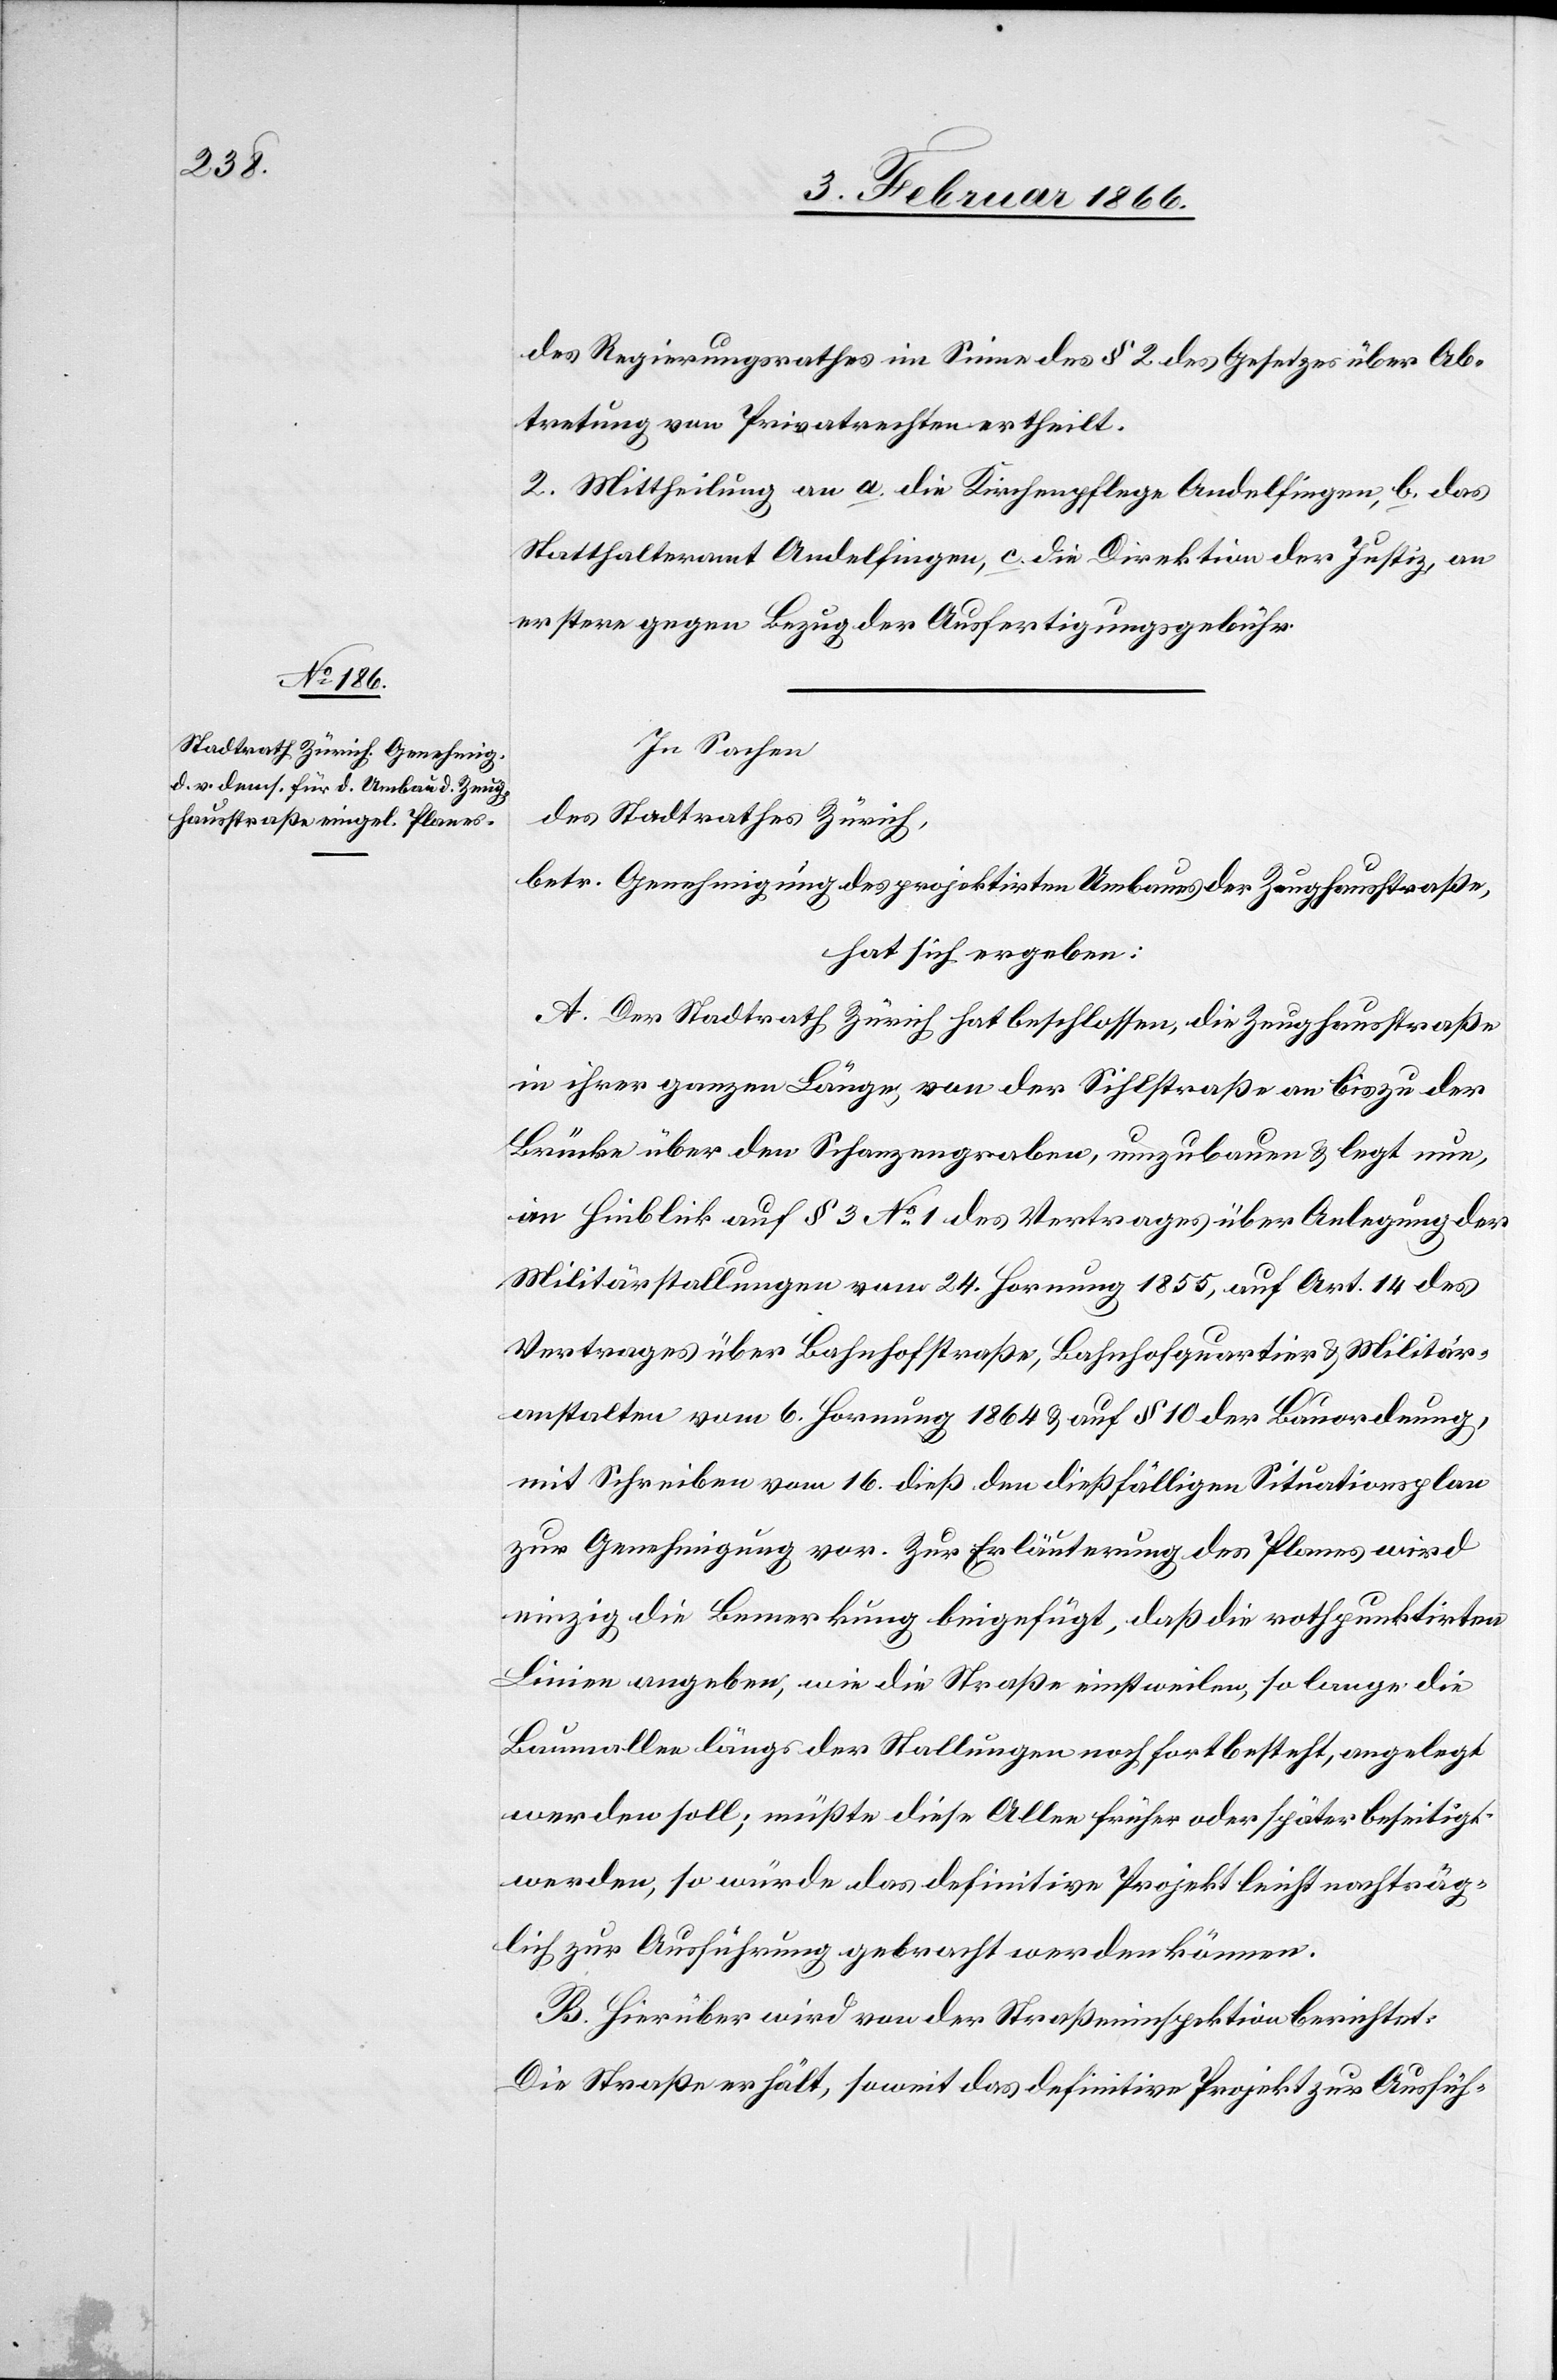
des Regierungsrathes im Sinne des § 2 des Gesetzes über Ab¬
tretung von Privatrechten ertheilt.
2. Mittheilung an a. die Kirchenpflege Andelfingen, b. das
Statthalteramt Andelfingen, c. die Direktion der Justiz, an
erstere gegen Bezug der Ausfertigungsgebühr.
In Sachen
des Stadtrathes Zürich,
betr. Genehmigung des projektirten Umbaues der Zeughausstraße,
hat sich ergeben:
A. Der Stadtrath Zürich hat beschlossen, die Zeughausstraße
in ihrer ganzen Länge von der Sihlstraße an bis zu der
Brücke über den Schanzengraben, umzubauen u. legt nun,
im Hinblick auf § 3 No. 1 des Vertrages über Anlegung der
Militärstallungen vom 24. Hornung 1855, auf Art. 14 des
Vertrages über Bahnhofstraße, Bahnhofquartier u. Militär¬
anstalten vom 6. Hornung 1864 u. auf § 10 der Bauordnung,
mit Schreiben vom 16. dieß den dießfälligen Situationsplan
zur Genehmigung vor. Zur Erläuterung des Planes wird
einzig die Bemerkung beigefügt, daß die roth punktirten
Linien angeben, wie die Straße einstweilen, so lange die
Baumallee längs der Stallungen noch fortbesteht, angelegt
werden soll; müßte diese Allee früher oder später beseitigt
werden, so würde das definitive Projekt leicht nachträg¬
lich zur Ausführung gebracht werden können.
B. Hierüber wird von der Straßeninspektion berichtet:
Die Straße erhält, soweit das definitive Projekt zur Ausfüh-